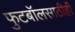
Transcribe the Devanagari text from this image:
फुटबॉलसाठीही